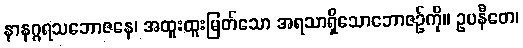
နာနဂ္ဂရသဘောဇနေ၊ အထူးထူးမြတ်သော အရသာရှိသောဘောဇဉ်ကို။ ဥပနီတေ၊